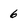
Character: 6